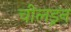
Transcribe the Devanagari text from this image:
चीलड्रन